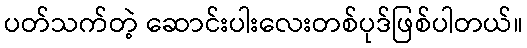
ပတ်သက်တဲ့ ဆောင်းပါးလေးတစ်ပုဒ်ဖြစ်ပါတယ်။